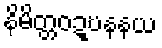
နိမိတ္တဝဍ္ဎနနယ